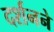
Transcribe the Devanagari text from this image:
दर्शनने